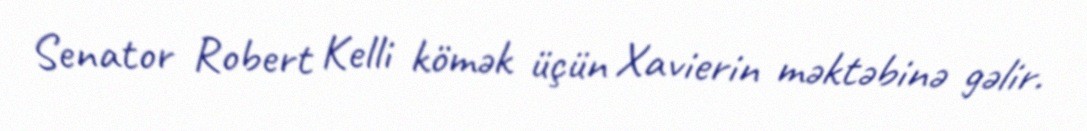
Senator Robert Kelli kömək üçün Xavierin məktəbinə gəlir.